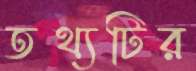
তথ্যটির